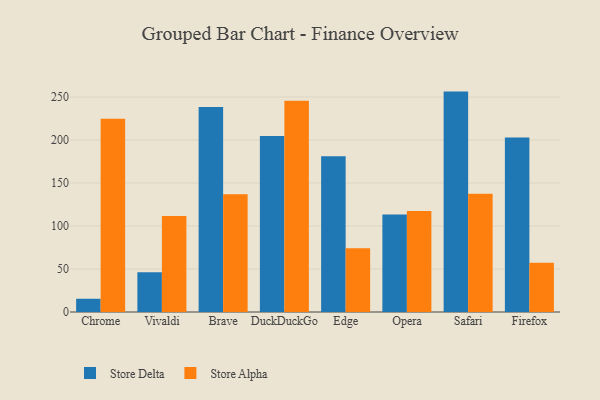
{"axis": {"x": "Browser", "y": "Churn Rate (%)"}, "legend": ["Store Alpha", "Store Delta"], "data": [{"x": "Chrome", "y": 15.4, "type": "Store Delta"}, {"x": "Chrome", "y": 224.6, "type": "Store Alpha"}, {"x": "Vivaldi", "y": 46.2, "type": "Store Delta"}, {"x": "Vivaldi", "y": 111.5, "type": "Store Alpha"}, {"x": "Brave", "y": 238.4, "type": "Store Delta"}, {"x": "Brave", "y": 136.9, "type": "Store Alpha"}, {"x": "DuckDuckGo", "y": 204.6, "type": "Store Delta"}, {"x": "DuckDuckGo", "y": 245.7, "type": "Store Alpha"}, {"x": "Edge", "y": 181.0, "type": "Store Delta"}, {"x": "Edge", "y": 74.2, "type": "Store Alpha"}, {"x": "Opera", "y": 113.5, "type": "Store Delta"}, {"x": "Opera", "y": 117.4, "type": "Store Alpha"}, {"x": "Safari", "y": 256.3, "type": "Store Delta"}, {"x": "Safari", "y": 137.6, "type": "Store Alpha"}, {"x": "Firefox", "y": 202.9, "type": "Store Delta"}, {"x": "Firefox", "y": 57.4, "type": "Store Alpha"}]}